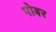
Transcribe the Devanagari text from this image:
पोबर